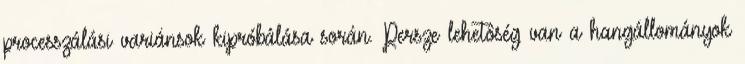
processzálási variánsok kipróbálása során. Persze lehetôség van a hangállományok